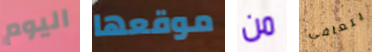
اليوم موقعها من يتعافى